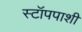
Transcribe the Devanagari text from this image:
स्टॉपपाशी